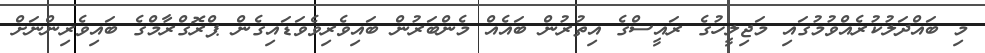
މި ބައްދަލުކުރެއްވުމުގައި މަޖިލީހުގެ ރައީސްގެ އިތުރުން ބައެއް މެންބަރުން ބައިވެރިވެވަޑައިގެން ޕްރޮގްރާމްގެ ބައިވެރިންނަށް